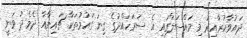
ދައުވާކުރާއިރު މި މައްސަލާގައި އެ ސަރަހައްދުގެ ގިނަ ގައުމުތަކާ ޗައިނާއާ ދެމެދު ވަނީ